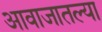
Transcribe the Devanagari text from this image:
आवाजातल्या